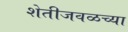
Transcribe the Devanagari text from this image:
शेतीजवळच्या